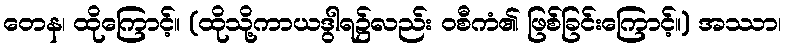
တေန၊ ထိုကြောင့်။ (ထိုသို့ကာယဒွါရ၌လည်း ဝစီကံ၏ ဖြစ်ခြင်းကြောင့်။) အဿာ၊